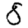
Digit: 8